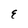
Character: E